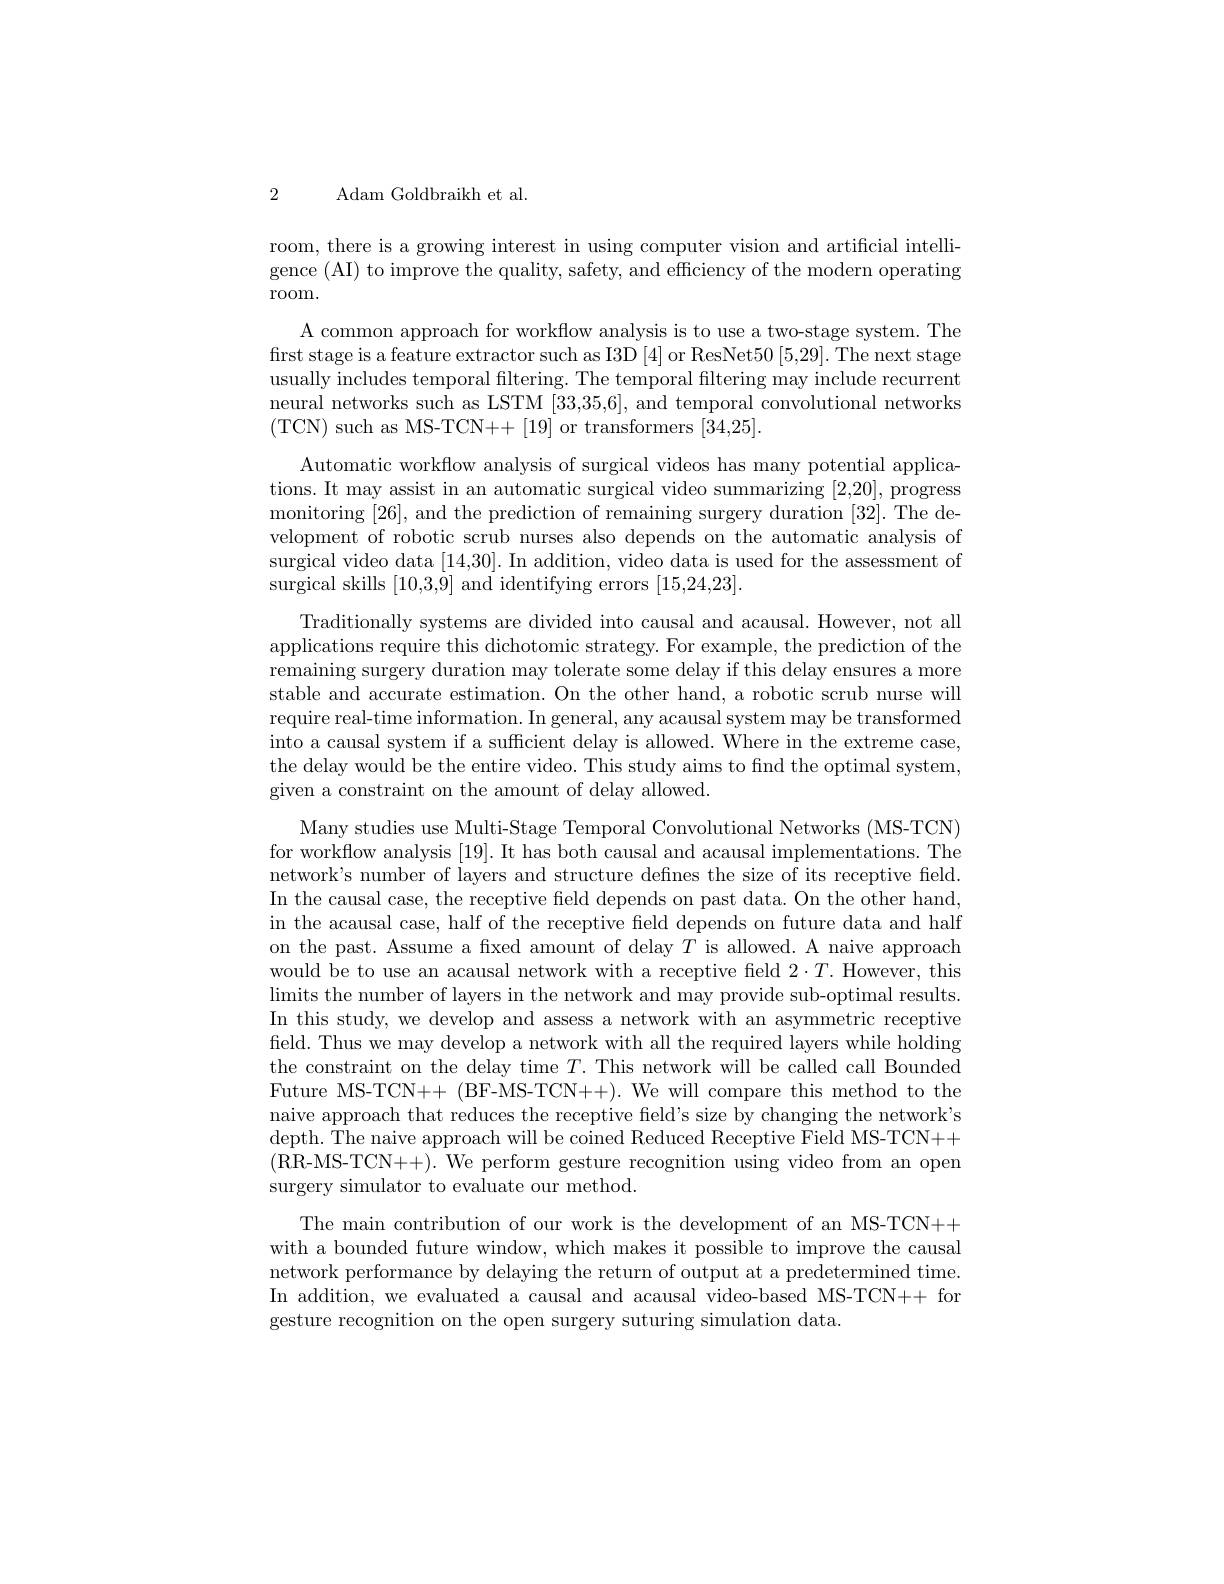
2 Adam Goldbraikh et al.

room, there is a growing interest in using computer vision and artificial intelligence (AI) to improve the quality, safety, and efficiency of the modern operating room.

A common approach for workflow analysis is to use a two-stage system. The first stage is a feature extractor such as I3D [4] or ResNet$50\left[5,29\right].$ The next stage usually includes temporal filtering. The temporal filtering may include recurrent neural networks such as LSTM [33,35,6], and temporal convolutional networks (TCN) such as MS-TCN++[19] or transformers [34,25]
Automatic workflow analysis of surgical videos has many potential applications. It may assist in an automatic surgical video summarizing [2,20], progress monitoring [26], and the prediction of remaining surgery duration [32]. The development of robotic scrub nurses also depends on the automatic analysis of surgical video data [14,30]. In addition, video data is used for the assessment of surgical skills [10,3,9] and identifying errors [15,24,23].
Traditionally systems are divided into causal and acausal. However, not all applications require this dichotomic strategy. For example, the prediction of the remaining surgery duration may tolerate some delay if this delay ensures a more stable and accurate estimation. On the other hand, a robotic scrub nurse will require real-time information. In general, any acausal system may be transformed into a causal system if a sufficient delay is allowed. Where in the extreme case, the delay would be the entire video. This study aims to find the optimal system, given a constraint on the amount of delay allowed
Many studies use Multi-Stage Temporal Convolutional Networks (MS-TCN) for workflow analysis [19]. It has both causal and acausal implementations. The network's number of layers and structure defines the size of its receptive field. In the causal case, the receptive field depends on past data. On the other hand, in the acausal case, half of the receptive field depends on future data and half on the past. Assume a fxed amount of delay $T$ is allowed. A naive approach would be to use an acausal network with a receptive field 2$\cdot T.$ However, this $\operatorname*{limits~the~number~of~layers~in~the~network~and~may~provide~sub-optimal~results.}$ In this study, we develop and assess a network with an asymmetric receptive field. Thus we may develop a network with all the required layers while holding the constraint on the delay time $T.$ This network will be called call Bounded Future MS-TCN++ (BF-MS-TCN++). We will compare this method to the naive approach that reduces the receptive field's size by changing the network's depth. The naive approach will be coined Reduced Receptive Field MS-TCN++ (RR-MS-TCN++).We perform gesture recognition using video from an open surgery simulator to evaluate our method.
The main contribution of our work is the development of an MS-TCN++ with a bounded future window, which makes it possible to improve the causal network performance by delaying the return of output at a predetermined time. In addition, we evaluated a causal and acausal video-based MS-TCN++ for gesture recognition on the open surgery suturing simulation data.